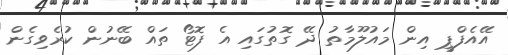
އޭއެފްޕީ އިން މައުލޫމާތު ދޭ ގޮތުގައި އެ ފޮޓޯ ތައް ބޭނުން ކުރެވިގެން